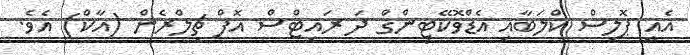
އެއީ ޕޮލިސް ކްލަބާއި އެޑްވޮކޭޓިންގް ދަ ރައިޓްސް އޮފް ޗިލްރެން (އާކް) އެވެ.